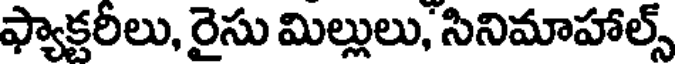
ఫ్యాక్టరీలు, రైసు మిల్లులు, సినిమాహాల్స్